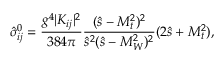
\hat { \sigma } _ { i j } ^ { 0 } = \frac { g ^ { 4 } \vert K _ { i j } \vert ^ { 2 } } { 3 8 4 \pi } \frac { ( \hat { s } - M _ { t } ^ { 2 } ) ^ { 2 } } { \hat { s } ^ { 2 } ( \hat { s } - M _ { W } ^ { 2 } ) ^ { 2 } } ( 2 \hat { s } + M _ { t } ^ { 2 } ) ,